Vaccination in Bombay 1863-1868 - 1863-1868
Year: 1863
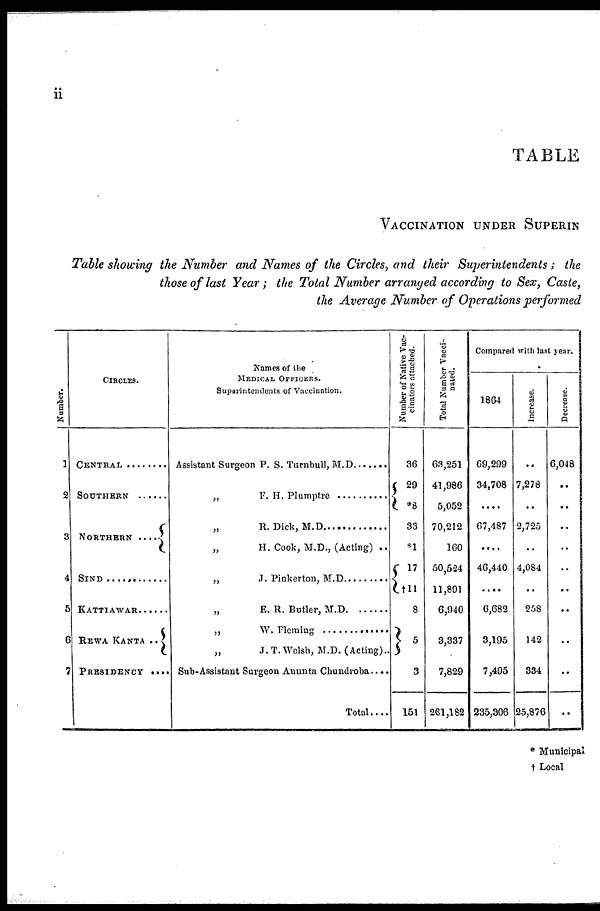
ii
TABLE
VACCINATION UNDER SUPERIN
Table showing the Number and Names of the Circles, and their Superintendents ; the
those of last Year ; the Total Number arranged according to Sex, Caste,
the Average Number of Operations performed
Number.
1
2
3
4
5
6
7
CIRCLES.
CENTRAL ............
SOUTHERN ........
NORTHERN ....
SIND ....................
KATTIAWAR .......
REWA KANTA ..
PRESIDENCY ....
Names of the
MEDICAL OFFICERS.
Superintendents of Vaccination.
Assistant Surgeon P. S. Turnbull, M. D. .......
„ F. H. Plumptre ......................
„ R. Dick, M.D. .....................
„
H. Cook, M.D., (Acting) ..
„ J. Pickerton, M.D. .....................
„
E. R. Butler, M.D
„ W. Fleming .........................
„
J. T. Welsh, M.D. (Acting)..
Sub-Assistant Surgeon Anunta Chundroba....
Total....
Number of Native Vac-
cinators attached.
36
29
*8
33
*1
17
†11
8
5
3
151
Total Number Vacci-
nated.
63,251
41,986
5,052
70,212
160
50,524
11,891
6,940
3,337
7,829
261,182
Compared with last year.
1864
69,299
34,708
....
67,487
....
46,440
....
6,682
3,195
7,495
235,306
Increase.
..
7,278
..
2,725
..
4,084
..
258
142
334
25,876
Decrease.
6,048
..
..
..
..
..
..
..
..
..
..
* Municipal
† Local